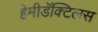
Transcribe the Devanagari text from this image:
हेमीडॅक्टिलस